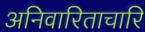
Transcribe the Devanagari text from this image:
अनिवारिताचारि